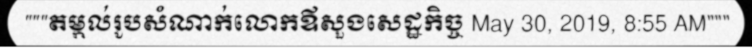
"""តម្កល់រូបសំណាក់លោកឪសួងសេដ្ឋកិច្ច May 30, 2019, 8:55 AM"""